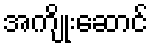
အကျိုးဆောင်